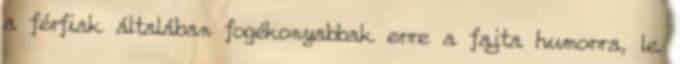
a férfiak általában fogékonyabbak erre a fajta humorra, le.